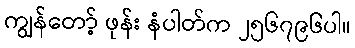
ကျွန်တော့် ဖုန်း နံပါတ်က ၂၅၆၇၉၆ပါ။